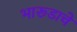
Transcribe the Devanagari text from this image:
भारूडाचे